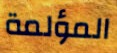
المؤلمة